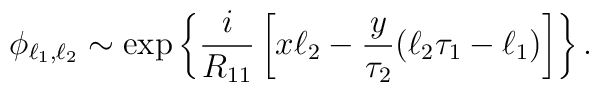
\phi_{\ell_{1}, \ell_{2}} \sim {\rm exp} \left\{{i\over R_{11}} \left[x \ell_2 -{y\over\tau_2} (\ell_2 \tau_1 - \ell_1)\right]\right\}.